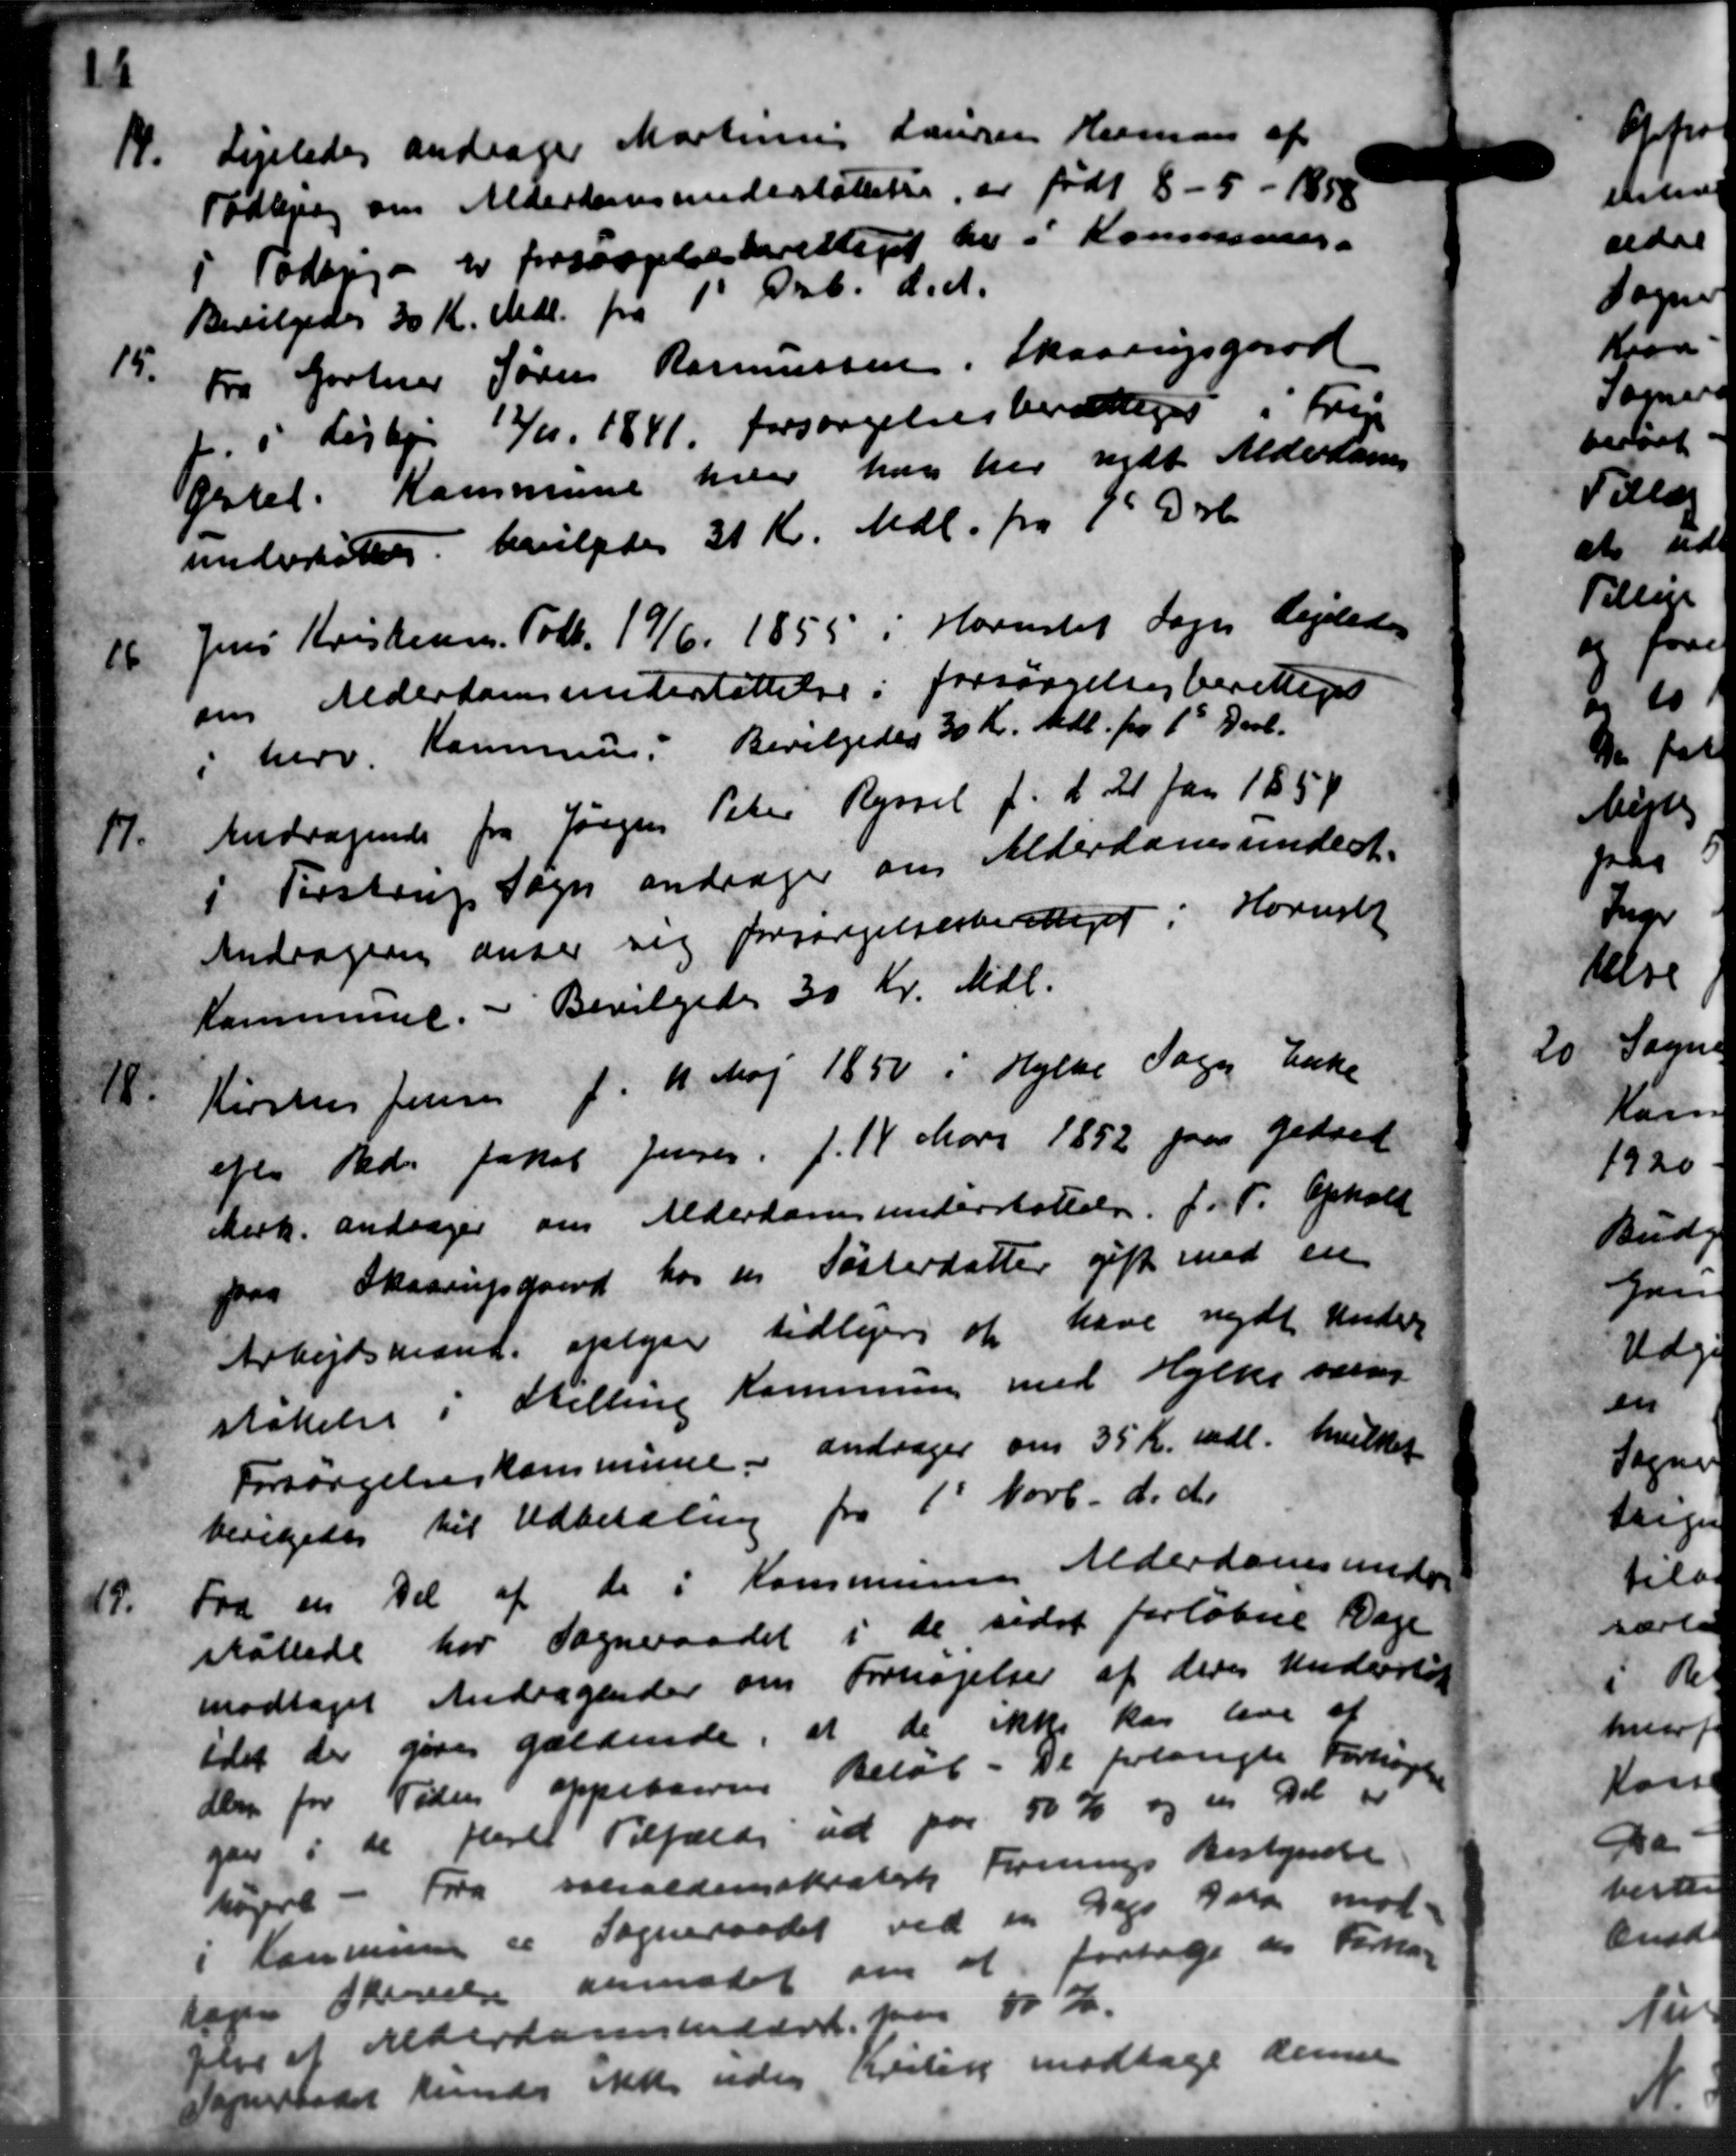
Transskription:
19.
Ligeledes andrager Martinus Lauren Herman af
Todbjerg om Alderdomsunderstøttelse, er født 8 - 5 - 1858
i Todbjerg er forsørgelsesberettiget her i Kommunen.
Bevilgedes 30 Kr. Mdl. fra 1' Decb. d. A.
15.
Fra Gartner Søren Rasmussen, Skaarupsgaar
Lisbjer 12/11 1841 forsørgelsesberettiget i Frem
Ørtet. Kommune hver han har nydt Alderdoms
understøttelse bevilgedes 31 Kr. Mdl. fra 1st Dob
16
Jens Kristensen Todb. 19/6 1855 i Hornslet Sogn Ligeledes
om Alderdomsunderstøttelse i forsørgelsesberettiges
i herv. Kommune. Bevilgedes 30 Kr. Md. fra 1st Decb.
17.
Andragende fra Jørgen Peter Ryssel f. d. 21 Jan 185
i Testrup Sogn andrager om Alderdomsunders-
Andragen anser sig forsørgelsesberettiget i Hornsle
Kommune. - Bevilgedes 30 Kr. Mdl.
18.
Kirstens Jensen f. 1. Maj 1850 i Hylke Sagen Enke
efter Gdr. Jakob Jensen f. 14 Mari 1852 paa Gedved
Mirk andrager om Alderdomsunderstøttelse for P. Ophold
paa Skaarupgaard hos en Søsterdatter gift med en
Arbejdsmand oplyser tidligere at have nydt Unders
støttelse i Stilling Kommunen med Hylke væren
Forsørgelseskommune andrager om 35 Kr. mdl. hvilket
bevilgedes til Udbetaling fra 1' Novb. d. A.
19.
Fra en Del af de i Kommunens Alderdomsunders
støttede har Sogneraadet i de sidst forløbne Dage
modtaget Andragender om Forhøjelse af deres Understøt
idet der gives gældende, at de ikke har lave at
den for Tiden oppebaarene Beløb - De forlangte Forhøjelse
gav i de fleret Tilfælde ud paa 50 Kr og en Del er
højere - Fra socialdemokratisk Forenings Bestyrelse
i Kommunen er Sogneraadet ved en Dags har mod-
sagen Skrivelse anmodet om at forfølge des Forman
blev et Alderdomsunddr. paa 10 Kr.
Sogneraadet kunde ikke uden Kritik modtage denne